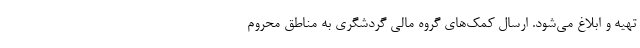
تهیه و ابلاغ می‌شود. ارسال کمک‌های گروه مالی گردشگری به مناطق محروم